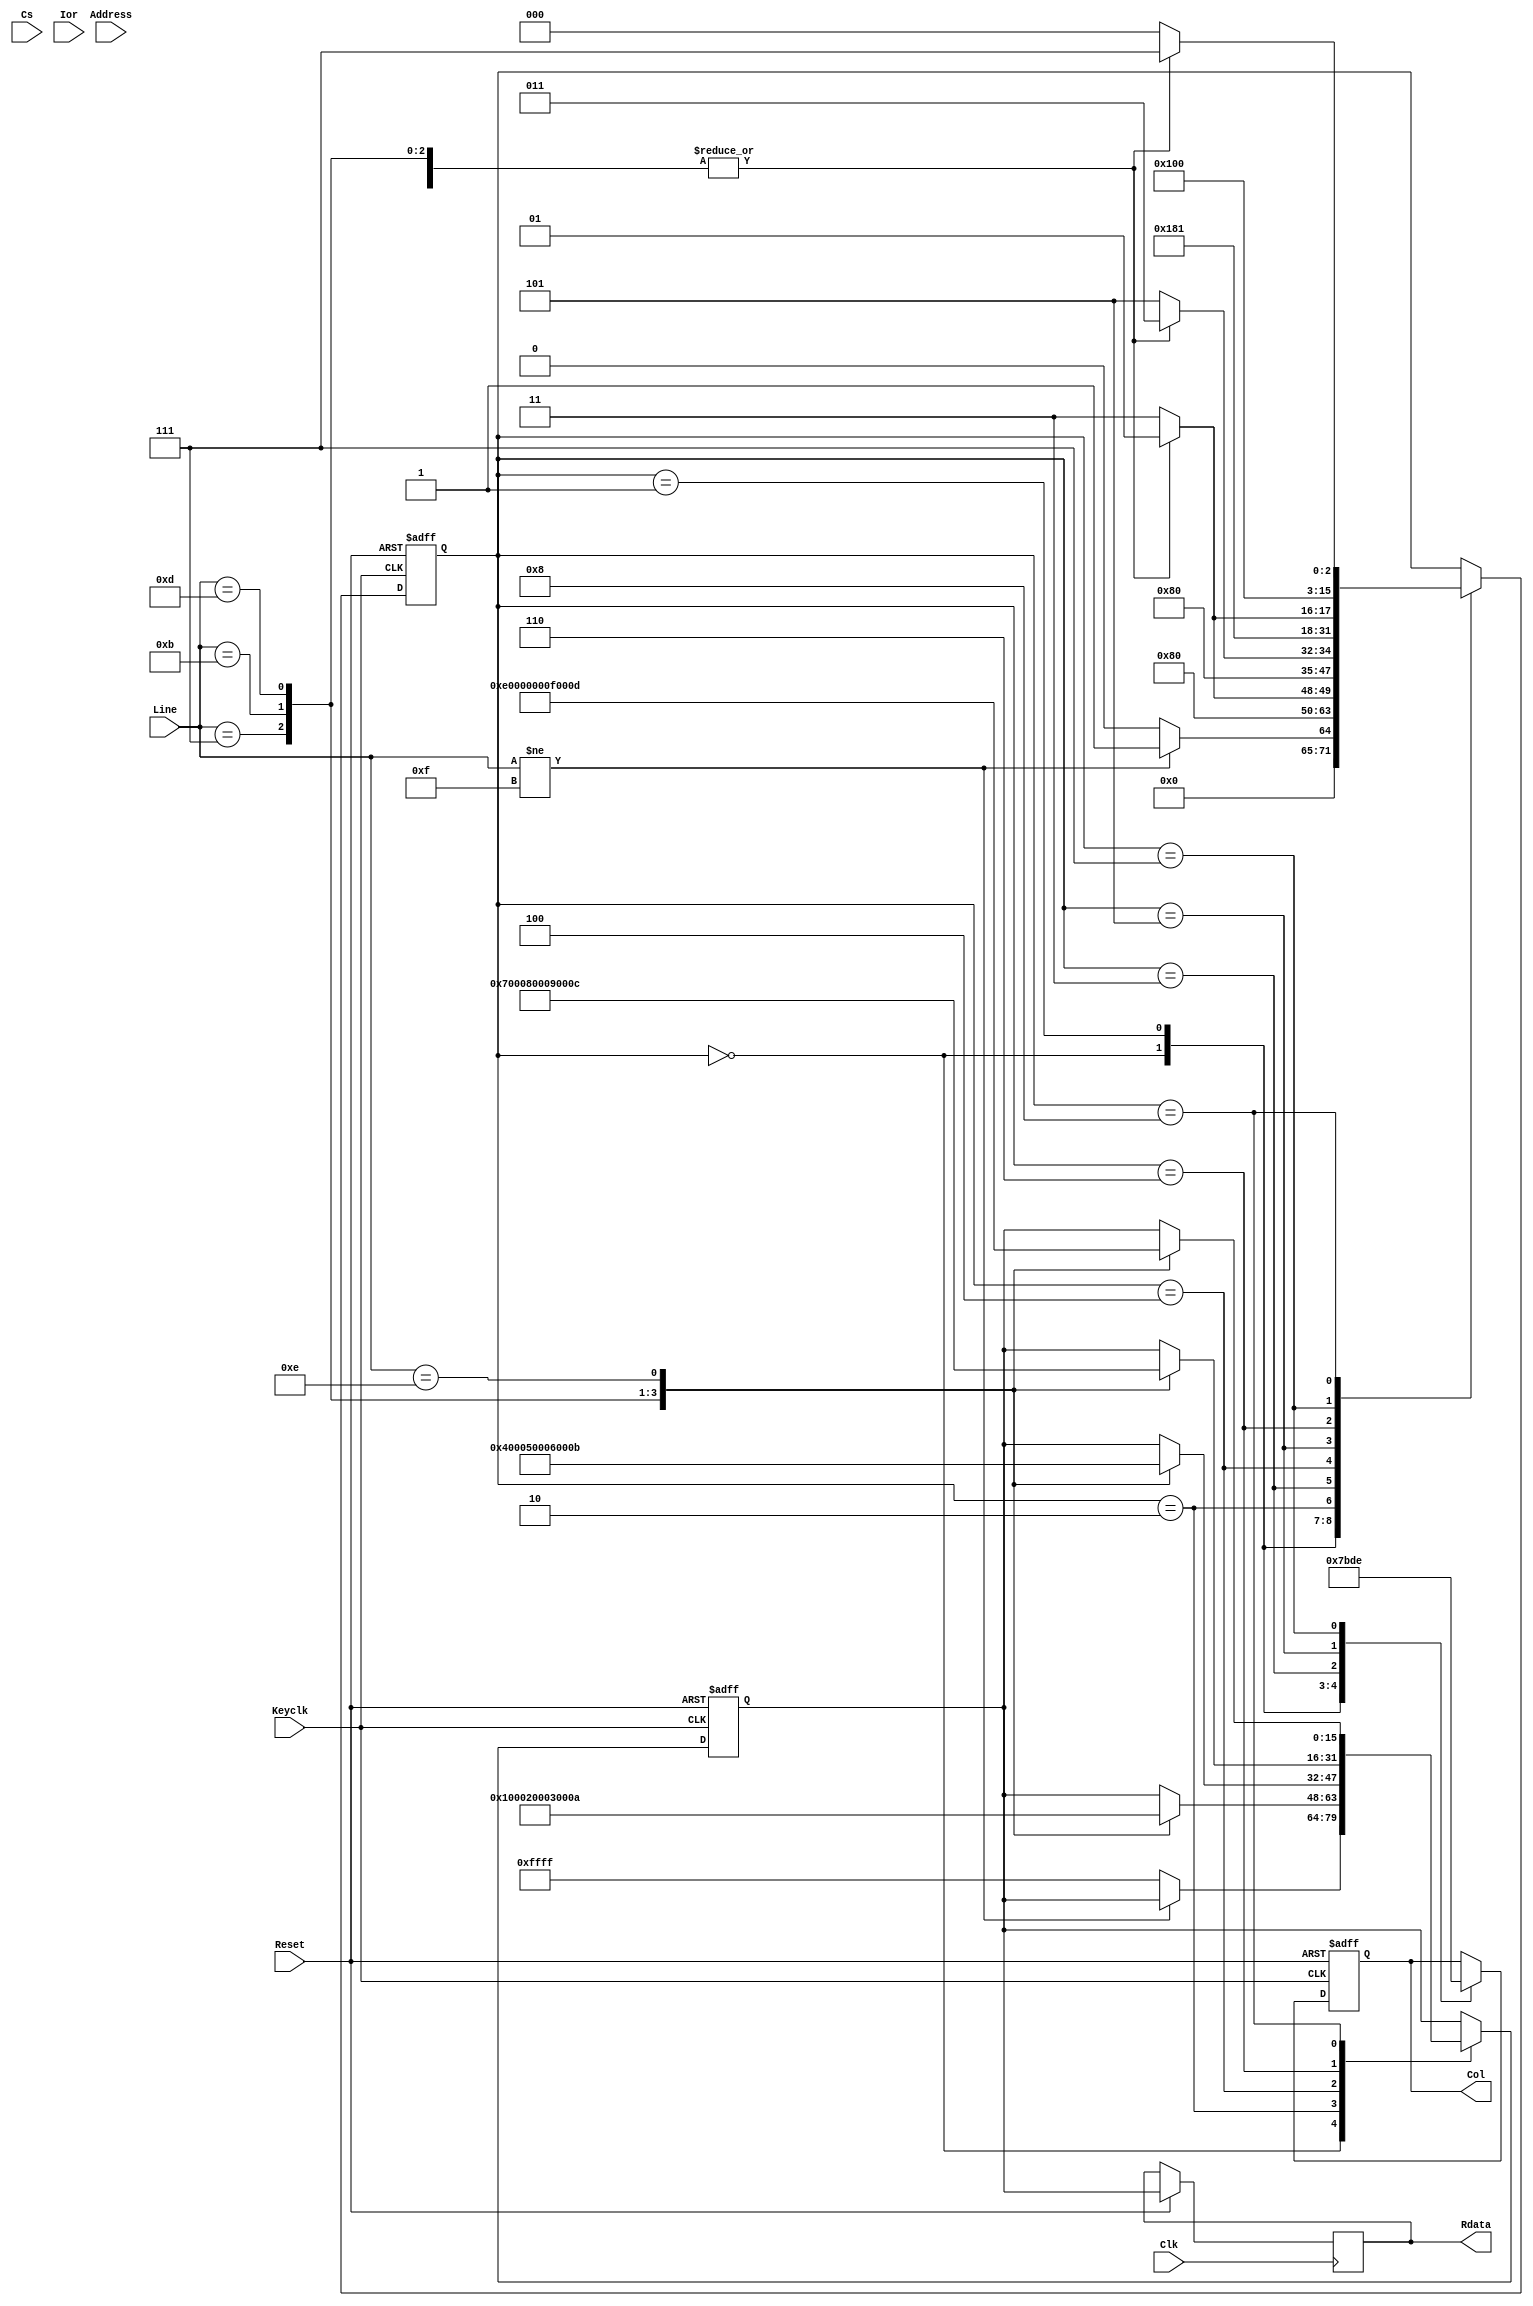
module dev_keyboard(
input Reset,input [1:0] Address,input Cs,input Clk,input Ior ,output [15:0] Rdata,input Keyclk,input [3:0] Line,output [3:0] Col//,output [7:0] state
    );

    reg [15:0] key_reg;
    reg [15:0] status_reg;
    reg [15:0] Rdata;
    reg [3:0] Col;
    reg key_stroke;
    reg [7:0] state;
    
    always @(posedge Clk or negedge Reset/* or posedge key_stroke*/)//error here ,this is a problem to solve.
    begin
        //if(key_stroke==1'b1)
          //  status_reg[0]=1;

        if(Reset==1'b0)//reset
            begin
                status_reg[15:0] =0;   
            end    
        else //if(Cs==1'b1 && Ior==1'b1)                
            begin
                Rdata[15:0] = key_reg[15:0] ; 
                /*
                case(Address[1:0])
                    2'b00: Rdata[15:0] = key_reg[15:0] ; 
                    2'b01: Rdata[15:0] = 16'habcd;// 
                    2'b10: begin
                                Rdata[15:0] = status_reg[15:0];
                                status_reg[0] = 0;
                           end
                    2'b11: Rdata[15:0] = {8'hff,state};
                    default:Rdata = 16'dx;
                endcase
                */
            end
    end
    
    
 
    always @(posedge Keyclk or negedge Reset) 
    begin
        if (Reset==1'b0) begin
            // reset
                key_reg[15:0] = 16'hffff;
                state[7:0] = 0;
                Col[3:0]=4'b0000;
            end
        else
        begin
            case(state)
                8'd0:begin
                        Col[3:0]=4'b0000;
                        
                        if(Line[3:0]!=4'b1111)
                            begin
                                state=1;    
                            end
                        else
                            begin
                                state=0;
                                key_reg[15:0] = 16'hffff;
                            end
                end

                8'd1:begin
                        Col[3:0]=4'b0111;
                        state = 2;
                end
                
                
                8'd2:begin
                        case(Line[3:0])
                            4'b0111:begin key_reg[15:0] = 1;state=1;    end
                            4'b1011:begin key_reg[15:0] = 2;state=1;    end
                            4'b1101:begin key_reg[15:0] = 3;state=1;    end
                            4'b1110:begin key_reg[15:0] = 16'h000a;state=1;    end
                            default:begin                   state=3;    end
                        endcase
                end

                8'd3:begin
                        Col[3:0]=4'b1011;
                        state = 4;
                end

                8'd4:begin
                        case(Line[3:0])
                            4'b0111:begin key_reg[15:0] = 4;state=3;    end
                            4'b1011:begin key_reg[15:0] = 5;state=3;    end
                            4'b1101:begin key_reg[15:0] = 6;state=3;    end
                            4'b1110:begin key_reg[15:0] = 16'h000b;state=3;    end
                            default:begin                   state=5;    end
                        endcase
                end

                8'd5:begin
                        Col[3:0]=4'b1101;
                        state = 6;
                end

                8'd6:begin
                        case(Line[3:0])
                            4'b0111:begin key_reg[15:0] = 7 ;state=5;    end
                            4'b1011:begin key_reg[15:0] = 8;state=5;    end
                            4'b1101:begin key_reg[15:0] = 9;state=5;    end
                            4'b1110:begin key_reg[15:0] = 16'h000c;state=5;    end
                            default:begin                    state=7;    end
                        endcase
                end

                8'd7:begin
                        Col[3:0]=4'b1110;
                        state = 8;
                end

                8'd8:begin
                        case(Line[3:0])
                            4'b0111:begin key_reg[15:0] = 16'h000e;state=7;    end
                            4'b1011:begin key_reg[15:0] = 0;state=7;    end
                            4'b1101:begin key_reg[15:0] = 16'h000f;state=7;    end
                            4'b1110:begin key_reg[15:0] = 16'h000d;state=7;    end
                            default:begin                    state=0;    end
                        endcase
                end
                
            endcase
        end
    end
endmodule